[Report on the health of British troops in the Madras command]
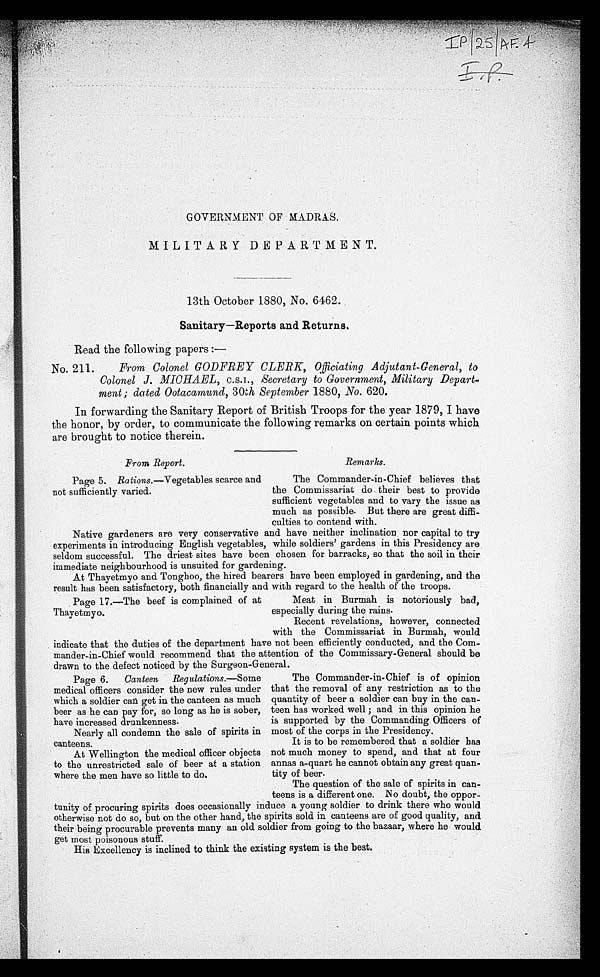
GOVERNMENT OF MADRAS.
MILITARY DEPARTMENT.
13th October 1880, No. 6462.
Sanitary—Reports and Returns.
Read the following papers :—
No. 211. From Colonel GODFREY CLERK, Officiating Adjutant-General, to
Colonel J. MICHAEL, C.S.I., Secretary to Government, Military Depart
-ment ; dated Ootacamund, 30th September 1880, No. 620.
In forwarding the Sanitary Report of British Troops for the year 1879, I have
the honor, by order, to communicate the following remarks on certain points which
are brought to notice therein.
From Report.
Page 5. Rations.—Vegetables scarce and
not sufficiently varied.
Remarks.
The Commander-in-Chief believes that
the Commissariat do their best to provide
sufficient vegetables and to vary the issue as
much as possible. But there are great diffi
-culties to contend with.
Native gardeners are very conservative and have neither inclination nor capital to try
experiments in introducing English vegetables, while soldiers' gardens in this Presidency are
seldom successful. The driest sites have been chosen for barracks, so that the soil in their
immediate neighbourhood is unsuited for gardening.
At Thayetmyo and Tonghoo, the hired bearers have been employed in gardening, and the
result has been satisfactory, both financially and with regard to the health of the troops.
Page 17.—The beef is complained of at
Thayetmyo.
Meat in Burmah is notoriously bad,
especially during the rains.
Recent revelations, however, connected
with the Commissariat in Burmah. would
indicate that the duties of the department have not been efficiently conducted, and the Com
-mander-in-Chief would recommend that the attention of the Commissary-General should be
drawn to the defect noticed by the Surgeon-General.
Page 6. Canteen Regulations.—Some
medical officers consider the new rules under
which a soldier can get in the canteen as much
beer as he can pay for, so long as he is sober,
have increased drunkenness.
Nearly all condemn the sale of spirits in
canteens.
At Wellington the medical officer objects
to the unrestricted sale of beer at a station
where the men have so little to do.
The Commander-in-Chief is of opinion
that the removal of any restriction as to the
quantity of beer a soldier can buy in the can
-teen has worked well ; and in this opinion he
is supported by the Commanding Officers of
most of the corps in the Presidency.
It is to be remembered that a soldier has
not much money to spend, and that at four
annas a-quart he cannot obtain any great quan
-tity of beer.
The question of the sale of spirits in can
-
teens is a different one. No doubt, the o
ppor-
tunity of procuring spirits does occasionally induce a young soldier to drink there who would
otherwise not do so, but on the other hand, the spirits sold in canteens are of good quality, and
their being procurable prevents many an old soldier from going to the bazaar, where he would
get most poisonous stuff.
His Excellency is inclined to think the existing system is the best.